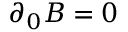
\partial _ { 0 } B = 0